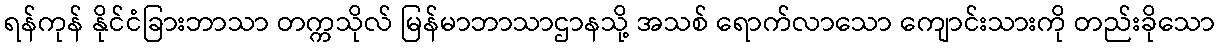
ရန်ကုန် နိုင်ငံခြားဘာသာ တက္ကသိုလ် မြန်မာဘာသာဌာနသို့ အသစ် ရောက်လာသော ကျောင်းသားကို တည်းခိုသော